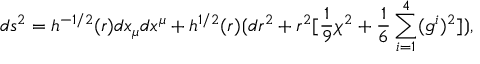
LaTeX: d s ^ { 2 } = h ^ { - 1 / 2 } ( r ) d x _ { \mu } d x ^ { \mu } + h ^ { 1 / 2 } ( r ) \lgroup d r ^ { 2 } + r ^ { 2 } [ { \frac { 1 } { 9 } } \chi ^ { 2 } + { \frac { 1 } { 6 } } \sum _ { i = 1 } ^ { 4 } ( g ^ { i } ) ^ { 2 } ] \rgroup ,